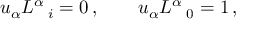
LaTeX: u _ { \alpha } L ^ { \alpha } \, _ { i } = 0 \, , \qquad u _ { \alpha } L ^ { \alpha } \, _ { 0 } = 1 \, ,